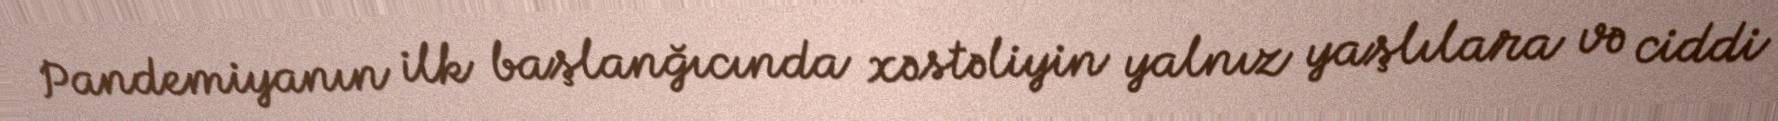
Pandemiyanın ilk başlanğıcında xəstəliyin yalnız yaşlılara və ciddi